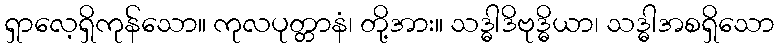
ရှာလေ့ရှိကုန်သော။ ကုလပုတ္တာနံ၊ တို့အား။ သဒ္ဓါဒိဗုဒ္ဓိယာ၊ သဒ္ဓါအစရှိသော